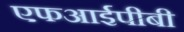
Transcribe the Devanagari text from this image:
एफआईपीबी